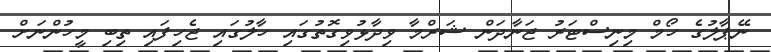
ނޭޕާލުގެ ހޯމް މިނިސްޓަރު ޖަނާދަން ޝަރްމާ ވިދާޅުވިގޮތުގައި ހާލުގައި ޖެހިފައި ތިބި މީހުންނަށް